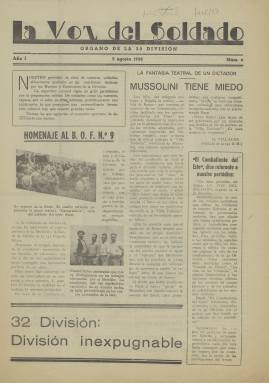
Título: La Voz del soldado
Colección: Guerra civil
Ámbito geográfico: Barcelona
Lugar de publicación: Barcelona
Fechas: 05/08/1938-05/01/1939

Este periódico era el órgano de la 32 División, una de las unidades militares del ejército republicano durante la Guerra Civil. No hay que confundir con algún otro periódico del mismo título de otras unidades militares. Comenzó a publicarse a mediados de 1938 y prácticamente se prolongó hasta el final de la guerra, en abril de 1939. La colección de la Biblioteca Nacional de España está incompleta. Empieza con el número 6, de 5 de agosto de 1938 y concluye con el 20 del 5 de enero de 1939. Es probable que se editaran algunos números más.

   La Voz del Soldado se publicaba cada diez días y estaba profusamente ilustrado, con gran número de fotografías y dibujos, lo que le proporciona un gran atractivo. Las ilustraciones, como los textos, están centradas lógicamente en los acontecimientos de la guerra, la propaganda y la vida del soldado. Mantener la moral de victoria era el objetivo principal para el ejército republicano, que había ido perdiendo posiciones desde el inicio de la guerra.

  La publicación era básicamente obra de los mismos soldados, aunque ayudados en las cuestiones técnicas por los mandos y los comisarios de la 32 División. La orientación era claramente la del Partido Comunista, como se puede ver en el número del 5 de septiembre, en el que se destaca en portada el ascenso a coronel del ‘camarada Modesto’. Juan Modesto, miembro del PCE, estuvo encargado de la ofensiva republicana en la batalla del Ebro.

    La mejor descripción de La Voz del Soldado la hizo otro periódico también del ejército republicano que se publicó en el primer número que posee la BNE. En un recuadro podemos leer la opinión de El Combatiente del Este:

    ‘Indudablemente es uno de los mejores periódicos que editan las Unidades de nuestro Ejército.  A su formato de presentación modesta. hay que añadir una buena orientación política y periodística, conseguida mediante una íntima ligazón con los soldados. Este periódico habla a los soldados de aquellas cosas que a ellos les interesan y refleja en todas sus páginas la vida de los combatientes de la 32 División’.

    En esta descripción también se elogian algunas secciones de La Voz del Soldado como ‘El Cuadro de Honor’, ‘La Vida en las Unidades’, la página humorística y las secciones técnicas.  El hecho de que estos elogios provengan de otra publicación del ejército republicano proporciona una crítica de La Voz del Soldado, dejando aparte su contenido político y propagandístico, de un gran valor objetivo desde el punto de vista periodístico.

[Descripción publicada el 16/8/2022]